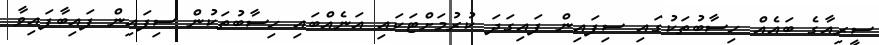
ސީރިއާގެ ބައެއް ހިސާބުތަކުގައި ސިފައިން ފައިގަދަ ކުރުމަށްޓަކައި އަނެއްބައި ހިސާބުތަކުން ސިފައިން ފައިބާފައިވާ